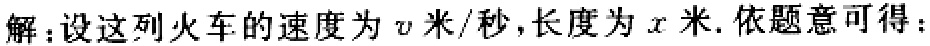
解：设这列火车的速度为\(v\)米/秒,长度为\(x\)米. 依题意可得：